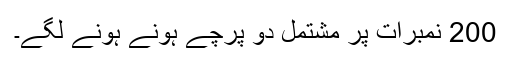
200 نمبرات پر مشتمل دو پرچے ہونے ہونے لگے۔